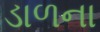
ડાળના